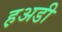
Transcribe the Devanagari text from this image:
ह़अडी